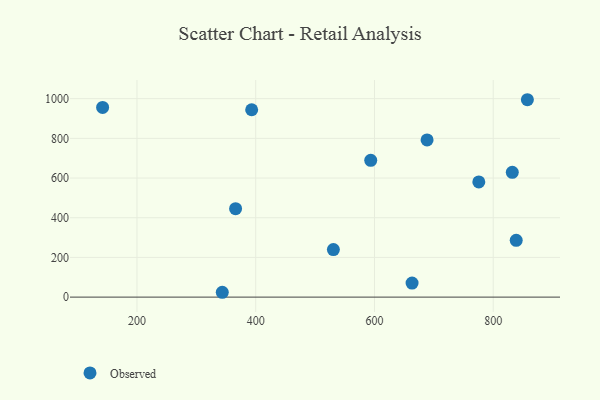
{"axis": {"x": "Engine Size", "y": "Sales"}, "legend": ["Observed"], "data": [{"x": "343.7", "y": 24.4, "type": "Observed"}, {"x": "393.2", "y": 944.2, "type": "Observed"}, {"x": "663.3", "y": 71.0, "type": "Observed"}, {"x": "142.2", "y": 955.7, "type": "Observed"}, {"x": "530.8", "y": 239.5, "type": "Observed"}, {"x": "688.6", "y": 792.0, "type": "Observed"}, {"x": "366.1", "y": 445.5, "type": "Observed"}, {"x": "593.7", "y": 689.1, "type": "Observed"}, {"x": "775.7", "y": 580.2, "type": "Observed"}, {"x": "832.1", "y": 628.9, "type": "Observed"}, {"x": "838.7", "y": 286.3, "type": "Observed"}, {"x": "857.5", "y": 994.6, "type": "Observed"}]}